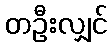
တဦးလျှင်